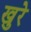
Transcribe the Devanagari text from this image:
खुरे